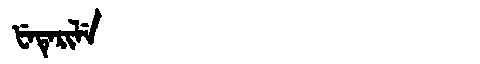
Manchu: ᡶᡝᡨᡝᡵᡳᠯᡝ
Romanization: FETERILE